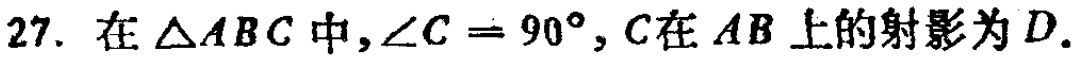
在\(\triangle ABC\)中，\(\angle C = 90^{\circ}\)，\(C\)在\(AB\)上的射影为\(D\).